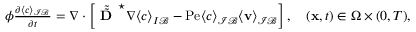
\begin{array} { r } { \phi \frac { \partial \langle c \rangle _ { \mathcal { I B } } } { \partial t } = \nabla \cdot \left[ \tilde { \tilde { \textbf { D } } } ^ { \star } \nabla \langle c \rangle _ { I \mathcal B } - \mathrm { P e } \langle c \rangle _ { \mathcal { I B } } \langle \mathbf v \rangle _ { \mathcal { I B } } \right] , \quad ( \mathbf x , t ) \in \Omega \times ( 0 , T ) , } \end{array}